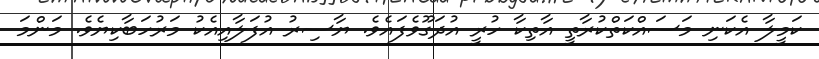
ކަމީލާ އެކަނި މަސައްކަތްކުރާތީ އާތިކާ ހުރީ އުދަގޫވެފައެވެ. ޔާސިރު އުފަލާއިއެކު މަރުހަބާކިޔެވެ. މަންމަ